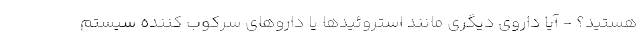
هستید؟ - آیا داروی دیگری مانند استروئیدها یا داروهای سرکوب کننده سیستم